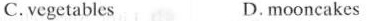
C.vegetables D.mooncakes